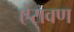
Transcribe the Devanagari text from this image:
ऐरावण